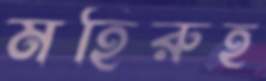
মহিরুহ